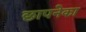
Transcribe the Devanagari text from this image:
छापनेका